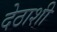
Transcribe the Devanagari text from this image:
देठाशी